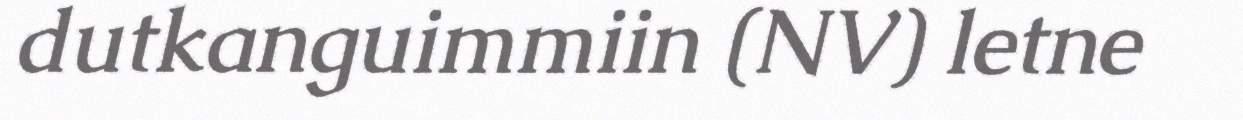
dutkanguimmiin (NV) letne